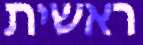
ראשית